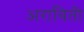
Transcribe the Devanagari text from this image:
अराविती